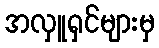
အလှူရှင်များမှ